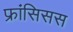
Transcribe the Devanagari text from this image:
फ्रांसिसस